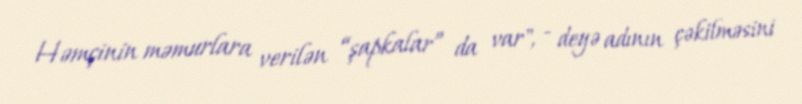
Həmçinin məmurlara verilən “şapkalar” da var", - deyə adının çəkilməsini